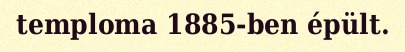
temploma 1885-ben épült.